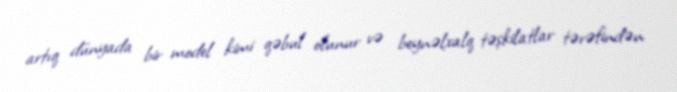
artıq dünyada bir model kimi qəbul olunur və beynəlxalq təşkilatlar tərəfindən